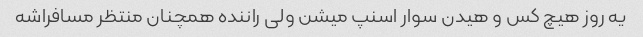
یه روز هیچ کس و هیدن سوار اسنپ میشن ولی راننده همچنان منتظر مسافراشه